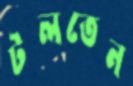
টলতেন